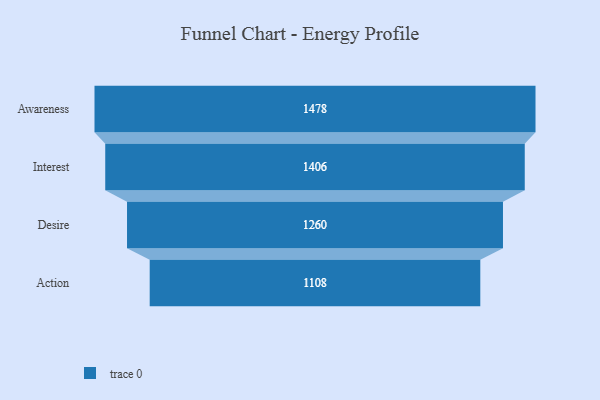
{"axis": {"x": "Stage", "y": "Value"}, "legend": [""], "data": [{"x": "Awareness", "y": 1478.0, "type": ""}, {"x": "Interest", "y": 1406.0, "type": ""}, {"x": "Desire", "y": 1260.0, "type": ""}, {"x": "Action", "y": 1108.0, "type": ""}]}